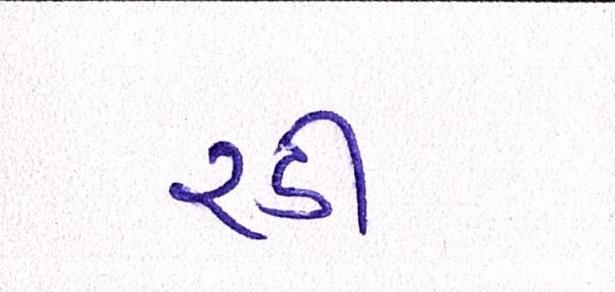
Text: રડી